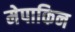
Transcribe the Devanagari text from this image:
मेपाकिन